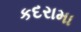
કદરામા